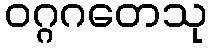
ဝဂ္ဂဂတေသု